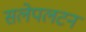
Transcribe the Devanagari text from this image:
सलेपलटन